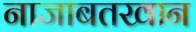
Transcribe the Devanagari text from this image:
नाजाबतखान